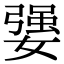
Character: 𡠥